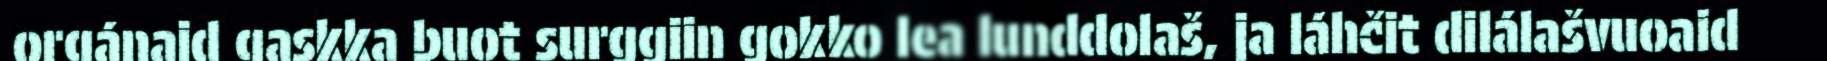
orgánaid gaskka buot surggiin gokko lea lunddolaš, ja láhčit dilálašvuoaid